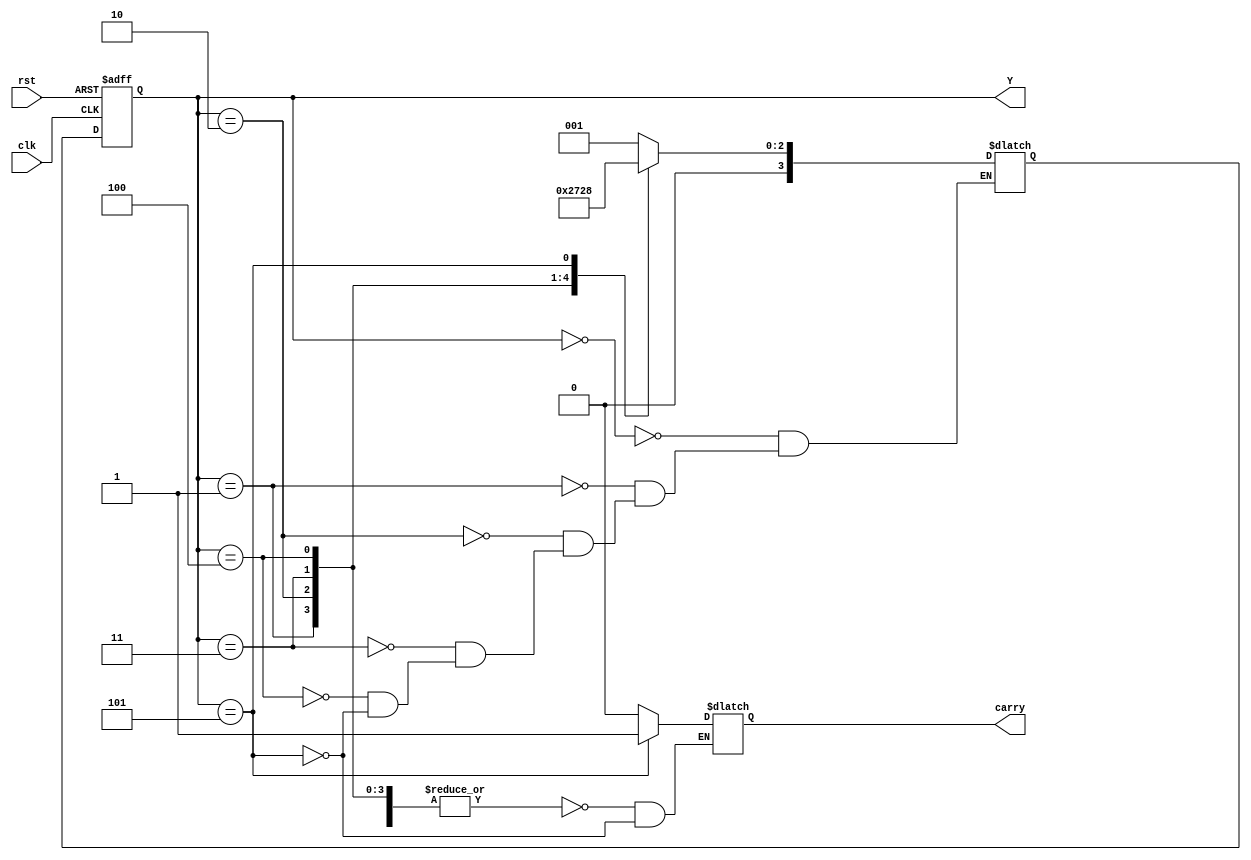
module modulo_six(output [3:0]Y, output reg carry, input clk, rst);

parameter S0=4'b0000, S1=4'b0001, S2=4'b0010, S3=4'b0011, S4=4'b0100, S5=4'b0101;
reg [3:0] state, next_state;

always @ (posedge clk, negedge rst)
begin
	if(!rst)
		state = S0;
	else
		state = next_state;
end

always @ (state)
begin
	case(state)
		S0 : next_state <= S1;
		S1 : next_state <= S2;
		S2 : next_state <= S3;
		S3 : next_state <= S4;
		S4 : next_state <= S5;
		S5 : next_state <= S0;
	endcase
end
	
always @ (state)
begin
	case(state)
		S0, S1, S2, S3, S4 : carry = 1'b0;
		S5 : carry = 1'b1;
	endcase
end

assign Y = state;

endmodule